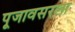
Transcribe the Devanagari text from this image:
पूजावसरला